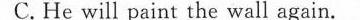
D.He doesn't like the colour of the wall.